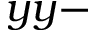
y y -